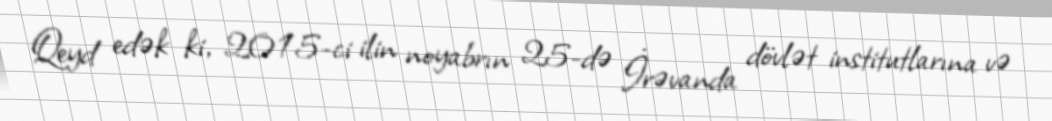
Qeyd edək ki, 2015-ci ilin noyabrın 25-də İrəvanda dövlət institutlarına və